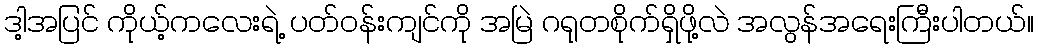
ဒါ့အပြင် ကိုယ့်ကလေးရဲ့ ပတ်ဝန်းကျင်ကို အမြဲ ဂရုတစိုက်ရှိဖို့လဲ အလွန်အရေးကြီးပါတယ်။